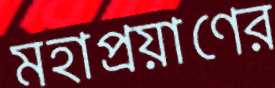
মহাপ্রয়াণের